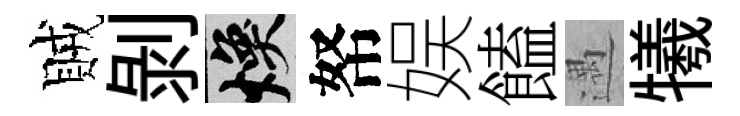
賊剝焕帑娱饁遇犧